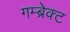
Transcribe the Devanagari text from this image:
गम्ब्रेक्ट